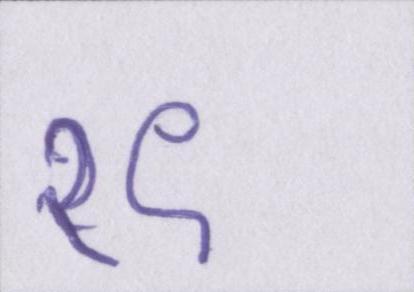
१९